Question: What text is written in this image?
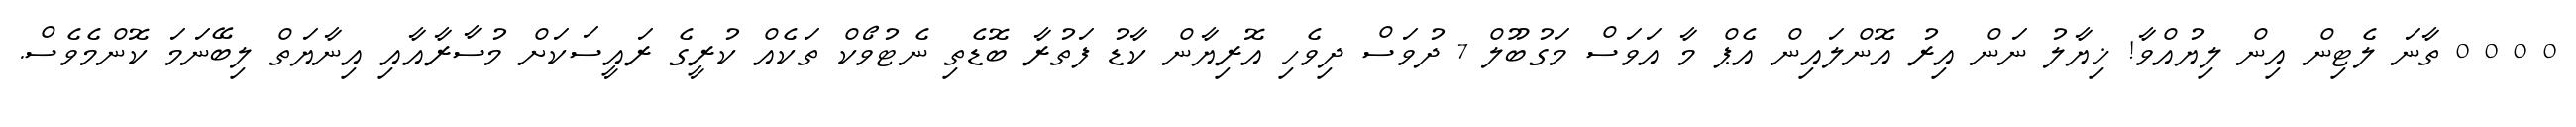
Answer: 0 0 0 0 ތާނަ ލެޓިން އިން ލިޔުއްވާ! ޚިޔާލު ނަން އިރު އޮންލައިން އެޕް މާ އަވަސް މަގުބޫލް 7 ދުވަސް ދިވެހި އޮރިޔާން ކާޑު ފަތުރާ ބޮޑެތި ނެޓުވޯކް ތަކެއް ކުރީގެ ރައީސަކަށް މުސާރާއާއި އިނާޔަތް ލިބޭނަމަ ކޮންމެވެސް.